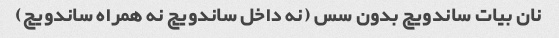
نان بیات ساندویچ بدون سس (نه داخل ساندویچ نه همراه ساندویچ)